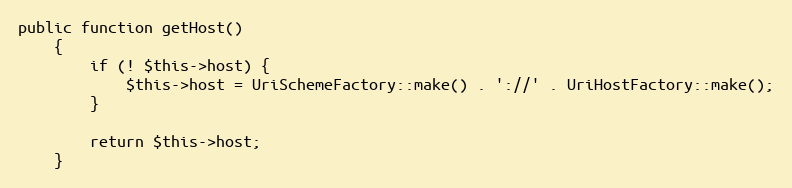
Language: PHP
public function getHost()
    {
        if (! $this->host) {
            $this->host = UriSchemeFactory::make() . '://' . UriHostFactory::make();
        }

        return $this->host;
    }